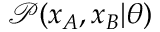
\mathcal { P } ( x _ { A } , x _ { B } | \theta )